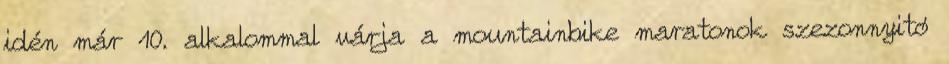
idén már 10. alkalommal várja a mountainbike maratonok szezonnyitó